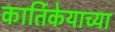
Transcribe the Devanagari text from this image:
कार्तिकेयाच्या